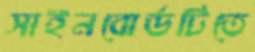
সাইনবোর্ডটিতে